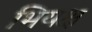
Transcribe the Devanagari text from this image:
भियक्ष